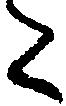
た